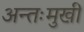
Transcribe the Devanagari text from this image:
अन्तःमुखी